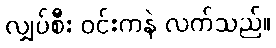
လျှပ်စီး ဝင်းကနဲ လက်သည်။